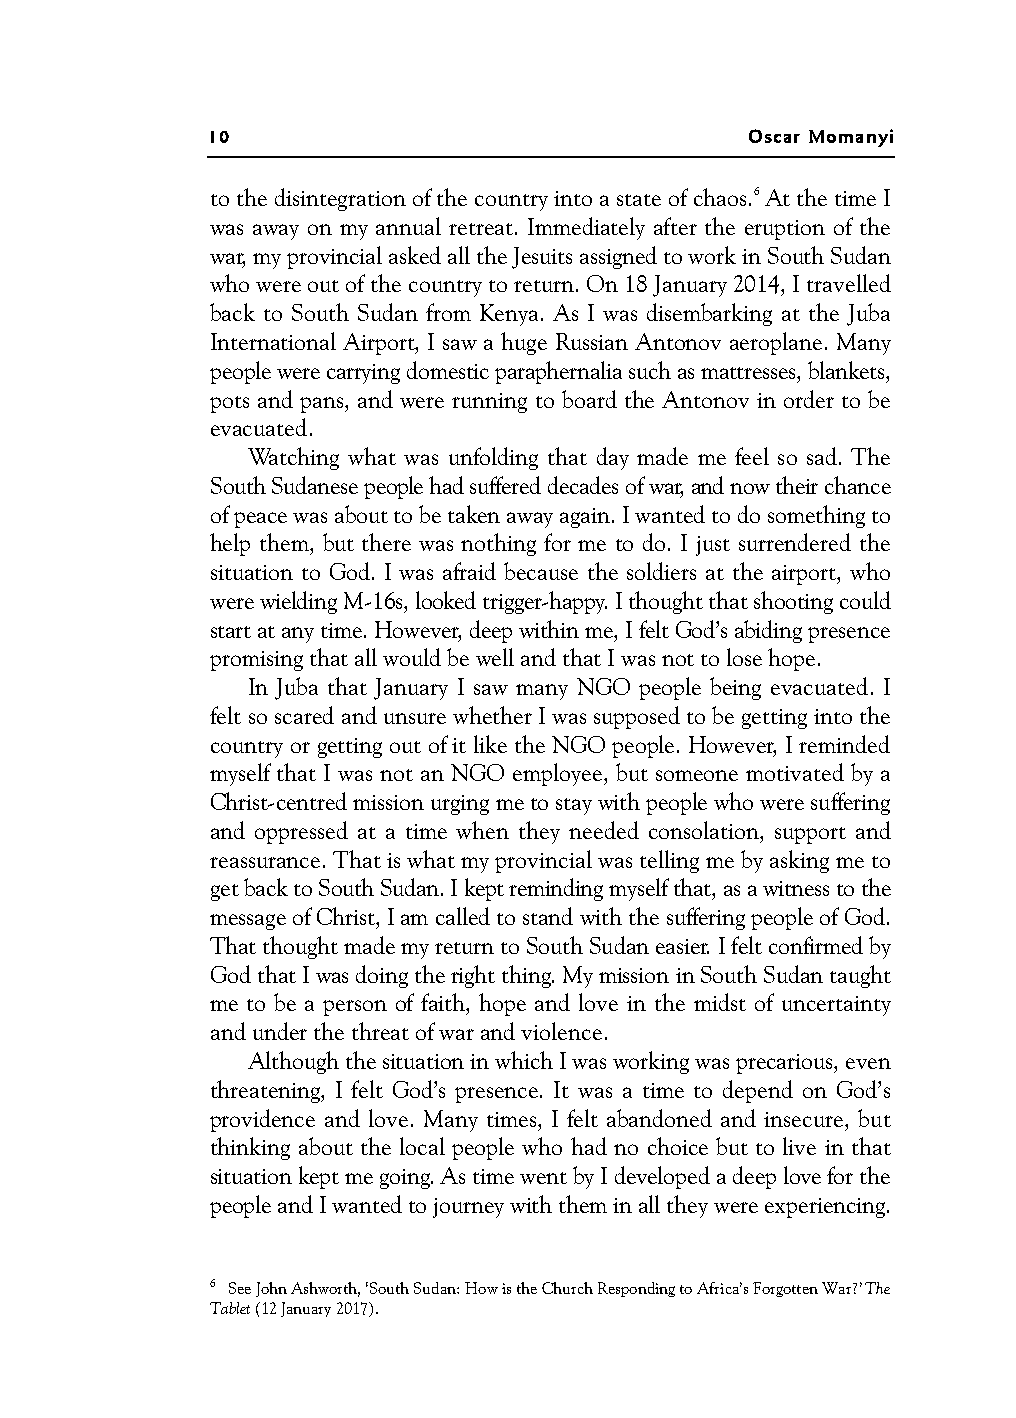
10                                  Oscar Momanyi
 to the disintegration of the country into a state of chaos.6 At the time I
 was away on my annual retreat. Immediately after the eruption of the
 war, my provincial asked all the Jesuits assigned to work in South Sudan
 who were out of the country to return. On 18 January 2014, I travelled
 back to South Sudan from Kenya. As I was disembarking at the Juba
 International Airport, I saw a huge Russian Antonov aeroplane. Many
 people were carrying domestic paraphernalia such as mattresses, blankets,
 pots and pans, and were running to board the Antonov in order to be
 evacuated.
 Watching what was unfolding that day made me feel so sad. The
 South Sudanese people had suffered decades of war, and now their chance
 of peace was about to be taken away again. I wanted to do something to
 help them, but there was nothing for me to do. I just surrendered the
 situation to God. I was afraid because the soldiers at the airport, who
 were wielding M-16s, looked trigger-happy. I thought that shooting could
 start at any time. However, deep within me, I felt God’s abiding presence
 promising that all would be well and that I was not to lose hope.
 In Juba that January I saw many NGO people being evacuated. I
 felt so scared and unsure whether I was supposed to be getting into the
 country or getting out of it like the NGO people. However, I reminded
 myself that I was not an NGO employee, but someone motivated by a
 Christ-centred mission urging me to stay with people who were suffering
 and oppressed at a time when they needed consolation, support and
 reassurance. Thatis what my provincial was telling me by asking me to
 get back to South Sudan. I kept reminding myself that, as a witness to the
 message of Christ, I am called to stand with the suffering people of God.
 That thought made my return to South Sudan easier. I felt confirmed by
 God that I was doing the right thing. My mission in South Sudan taught
 me to be a person of faith, hope and love in the midst of uncertainty
 and under the threat of war and violence.
 Although the situation in which I was working was precarious, even
 threatening, I felt God’s presence. It was a time to depend on God’s
 providence and love. Many times, I felt abandoned and insecure, but
 thinking about the local people who had no choice but to live in that
 situation kept me going. As time went by I developed a deep love for the
 people and I wanted to journey with them in all they were experiencing.
 6 See John Ashworth, ‘South Sudan: How is the Church Responding toAfrica’s Forgotten War?’ The
 Tablet (12 January 2017).